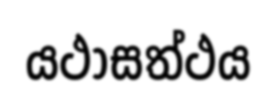
යථාසත්ථය